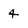
Character: 4